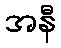
အနီ